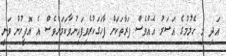
އަދި މި ހެލުމުގެ އަސަރު އެއްވެސް ފަރާތަކަށް ފާހަގަކުރެވިފައިނުވާކަމަށްވެސް އެ އޮފީހުން ވަނީ